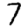
Digit: 7